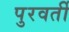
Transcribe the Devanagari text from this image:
पुरवर्ती